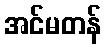
အင်မတန်